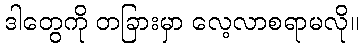
ဒါတွေကို တခြားမှာ လေ့လာစရာမလို။